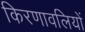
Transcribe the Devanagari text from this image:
किरणावलियों